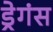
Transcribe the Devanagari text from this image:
ड्रेगंस